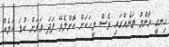
ހިނގީ އާންމު ތަނެއްގައި ވެސް މީހަކަށް ކޮށްލެވޭ ފަދަ ވަރަށް ކުޑަ ކަމެއް